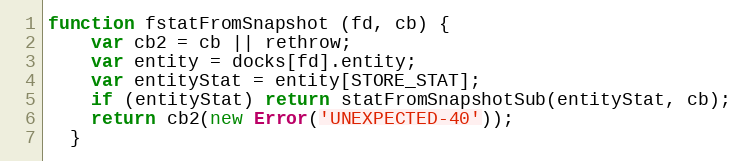
Language: JavaScript
function fstatFromSnapshot (fd, cb) {
    var cb2 = cb || rethrow;
    var entity = docks[fd].entity;
    var entityStat = entity[STORE_STAT];
    if (entityStat) return statFromSnapshotSub(entityStat, cb);
    return cb2(new Error('UNEXPECTED-40'));
  }